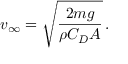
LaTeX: v _ { \infty } = { \sqrt { \frac { 2 m g } { \rho C _ { D } A } } } \, .